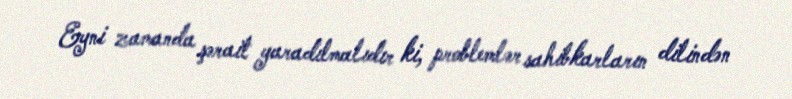
Eyni zamanda şərait yaradılmalıdır ki, problemlər sahibkarların dilindən